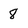
Character: 8